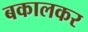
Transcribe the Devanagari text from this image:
बकालकर